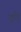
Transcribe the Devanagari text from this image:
ड़ने